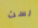
لست